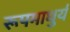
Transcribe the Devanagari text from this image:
रूपमाधुर्य